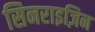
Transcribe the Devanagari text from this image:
सिनराइज़िन